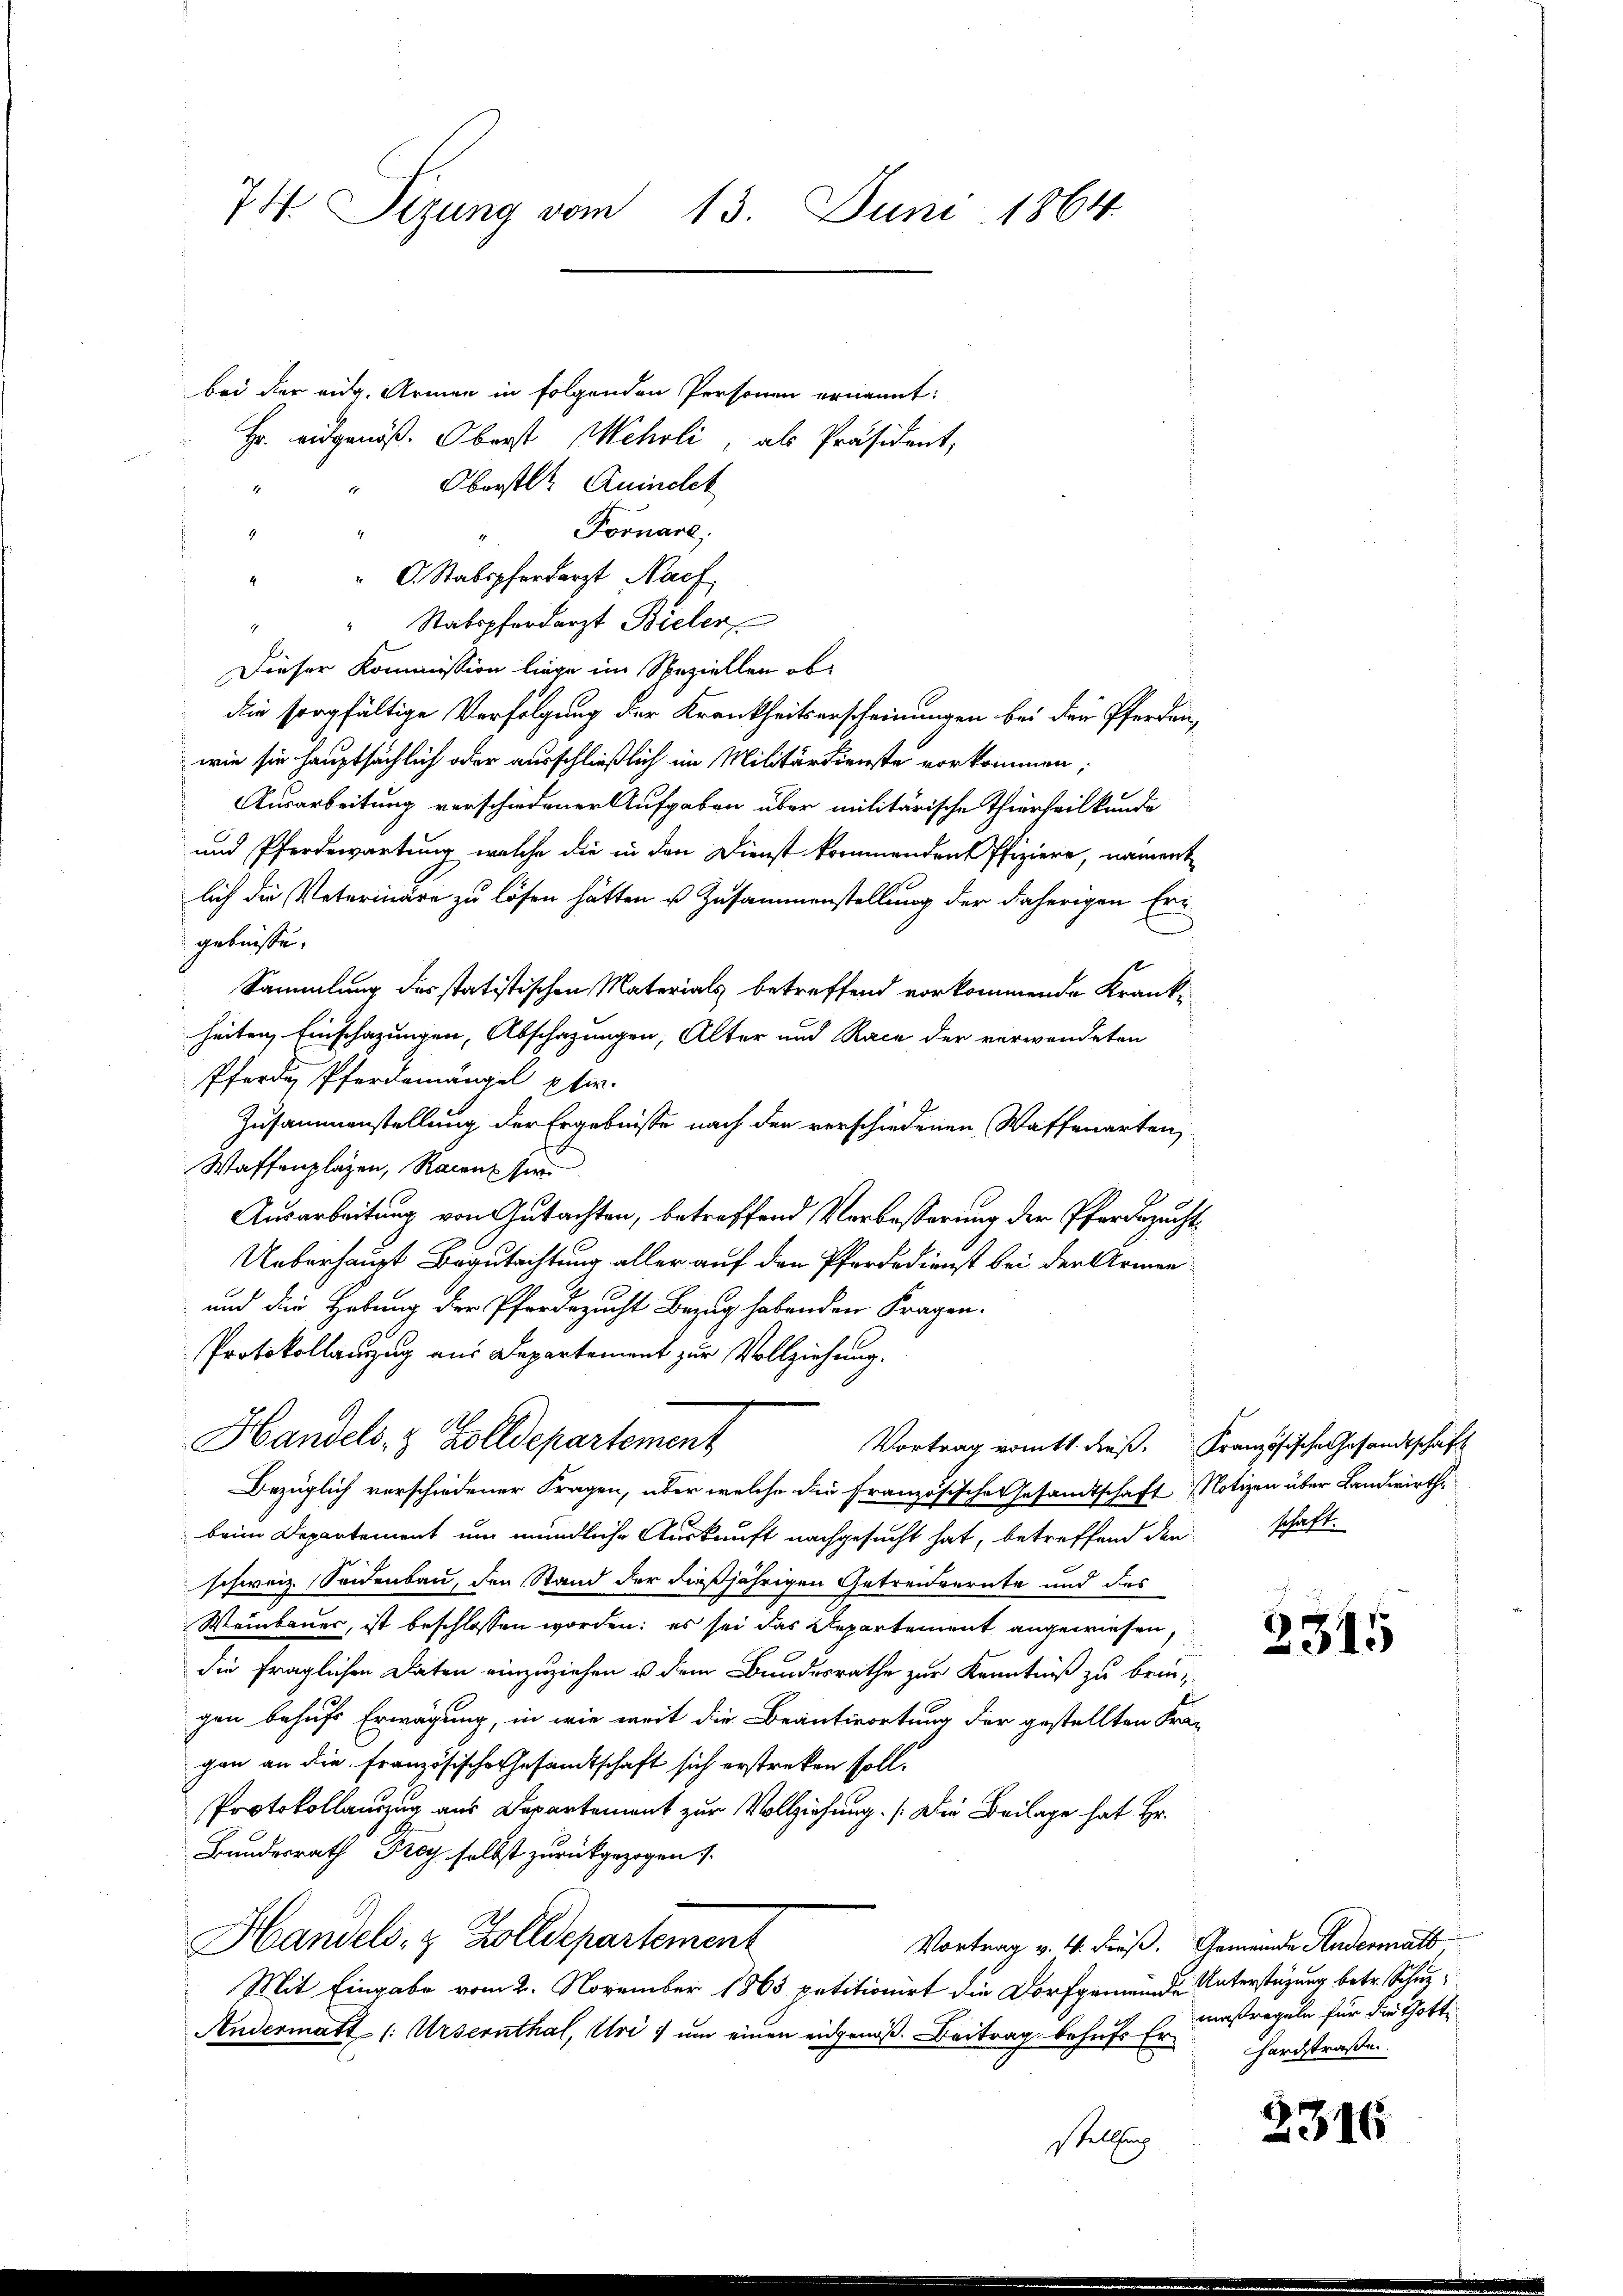
74. Sizung vom 13. Juni 1864.

bei der eidg. Armen in folgenden Personen ernannt:
Hr. eidgenöß. Oberst Mehrli, als Präsident,
Oberstl. Quindet
1
Fornare,
t
4
C. Stabspferdarzt Nach
4
" " Stabspferdarzt Bieler
Dieser Kommission liege im Speziellen obdie sorgfältige Verfolgung der Krankheitserscheinungen bei den Pferden,
wie sie hauptsächlich oder ausschließlich im Militärdienste vorkommen;
Ausarbeitung verschiedener Aufgaben über militärische Thierheilkunde
und Pferdewartung welche die in den Dienst kommenden Pfiziere, nament
lich die Veterinäre zu lösen hätten u Zusammenstellung der daherigen Erigebnisse.
Sammlung des statistischen Materials betreffend vorkommende Krankheiten, Einschazungen, Abschazungen, Alter und Race der verwendeten
Pferden Pferdemängel pfir-
Zusammenstellung der Ergebnisse nach den verschiedenen Waffenarten,
Waffenplagen, Racen sie
Ausarbeitung von Gutachten, betreffend Verbesserung der Pferdezucht¬
Ueberhaupt Begutachtung aller auf den Pferdedienst bei der Armen
und die Hebung der Pferdezucht Bezug habenden Fragen.
Protokollanzug aus Departement zur Vollziehung.
Handels- & Zolldepartement
Vortrag vom 11. dieß. Französische Gesandtschaft
Bezüglich verschiedener Fragen, über welche die Französische Gesandtschaft Notizen über Landwirthe
beim Departement um mündliche Auskunft nachgesucht hat, betreffend denschaft
schweiz. Seidenbau, den Stand der dießjährigen Getreiderate und des
Weinbauer, ist beschlossen worden; es sei das Repartement angewiesen.
die fraglichen Daten einzuziehen u dem Bundesrathe zur Kenntniß zu bringen behufs Erwägung, in wie weit die Beantwortung der gestellten Fragan an die französische Gesandtschaft sich erstreken soll.
Protokollauszug aus Departement zur Vollziehung. (Die Beilage hat Hr.
Bundesrath Frey selbst zurückgezogen s
Handels- & Zolldepartement
Vortrag v. 4. dieß. Gemeinde Andermatt,
Mit Eingabe vom 2. November 1865 petitionirt die Dorfgemeinde Unterstüzung betr. Schutz
Andermatt (: Ursernthal, Uri, um einen eidgenoß. Beitrag behufs Erhardstraße.
stellung

2345

maßregeln für die Gott

2316